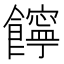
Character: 䭢